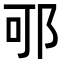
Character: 𨚩